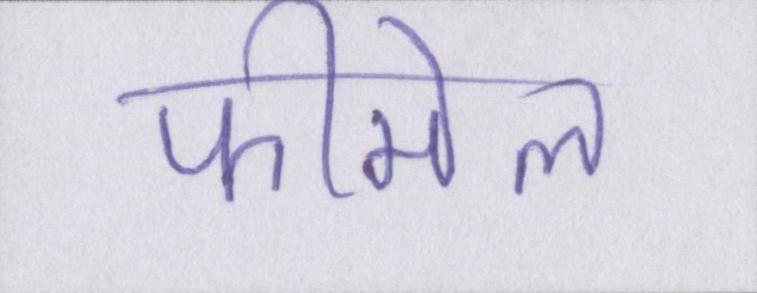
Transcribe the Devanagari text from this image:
फीमेल